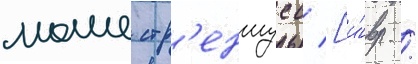
моше стр'еншусс [и́вр. /